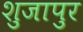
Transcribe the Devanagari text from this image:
शुजापुर